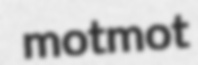
motmot